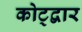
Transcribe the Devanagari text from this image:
कोट्द्वार